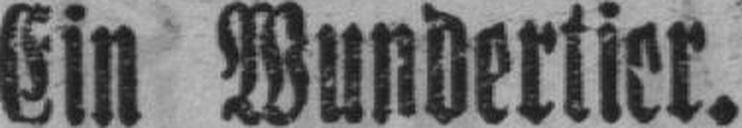
Ein Wundertier.